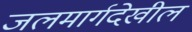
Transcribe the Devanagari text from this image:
जलमार्गदेखील